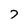
Character: 7